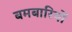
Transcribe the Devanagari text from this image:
बमबारियों